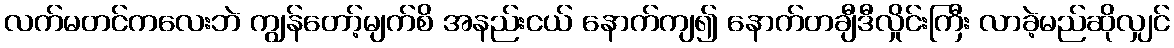
လက်မတင်ကလေးဘဲ ကျွန်တော့်မျက်စိ အနည်းငယ် နောက်ကျ၍ နောက်တချီဒီလှိုင်းကြီး လာခဲ့မည်ဆိုလျှင်